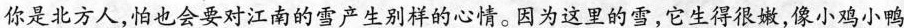
你是北方人，怕也会要对江南的雪产生别样的心情。因为这里的雪，它生得很嫩，像小鸡小鸭